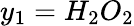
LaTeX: y_{1}=H_{2}O_{2}